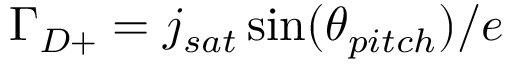
\Gamma _ { D + } = j _ { s a t } \sin ( \theta _ { p i t c h } ) / e